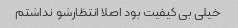
خیلی بی کیفیت بود اصلا انتظارشو نداشتم